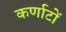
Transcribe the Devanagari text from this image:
कर्णाटों